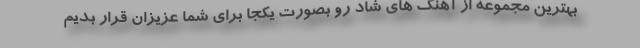
بهترین مجموعه از آهنگ های شاد رو بصورت یکجا برای شما عزیزان قرار بدیم